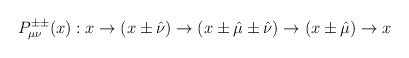
\begin{align*}P^{\pm\pm}_{\mu\nu}(x): x\rightarrow (x\pm\hat{\nu})\rightarrow (x\pm\hat{\mu}\pm\hat{\nu})\rightarrow (x\pm\hat{\mu})\rightarrow x\end{align*}